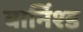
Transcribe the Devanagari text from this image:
वार्निश्ड